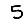
Digit: 5